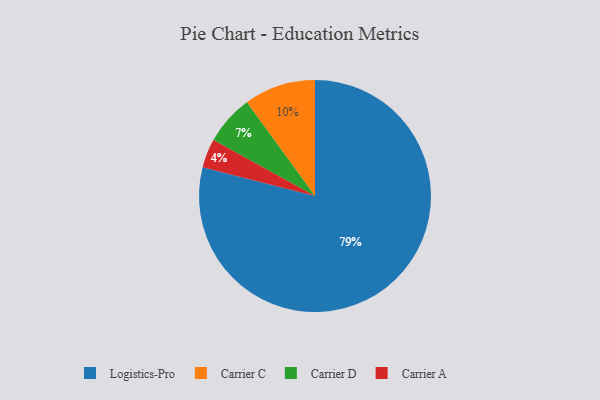
{"axis": {"x": "Category", "y": "Percentage"}, "legend": ["Carrier A", "Carrier C", "Carrier D", "Logistics-Pro"], "data": [{"x": "Logistics-Pro", "y": 79, "type": "Logistics-Pro"}, {"x": "Carrier D", "y": 7, "type": "Carrier D"}, {"x": "Carrier A", "y": 4, "type": "Carrier A"}, {"x": "Carrier C", "y": 10, "type": "Carrier C"}]}